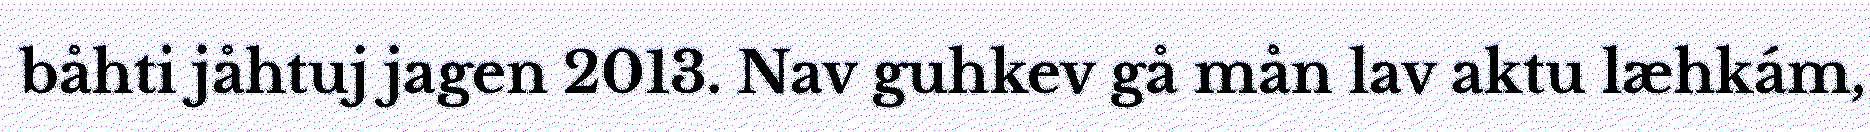
båhti jåhtuj jagen 2013. Nav guhkev gå mån lav aktu læhkám,